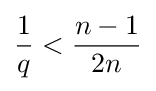
{\frac {1}{q}}<{\frac {n-1}{2n}}